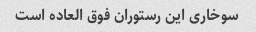
سوخاری این رستوران فوق العاده است